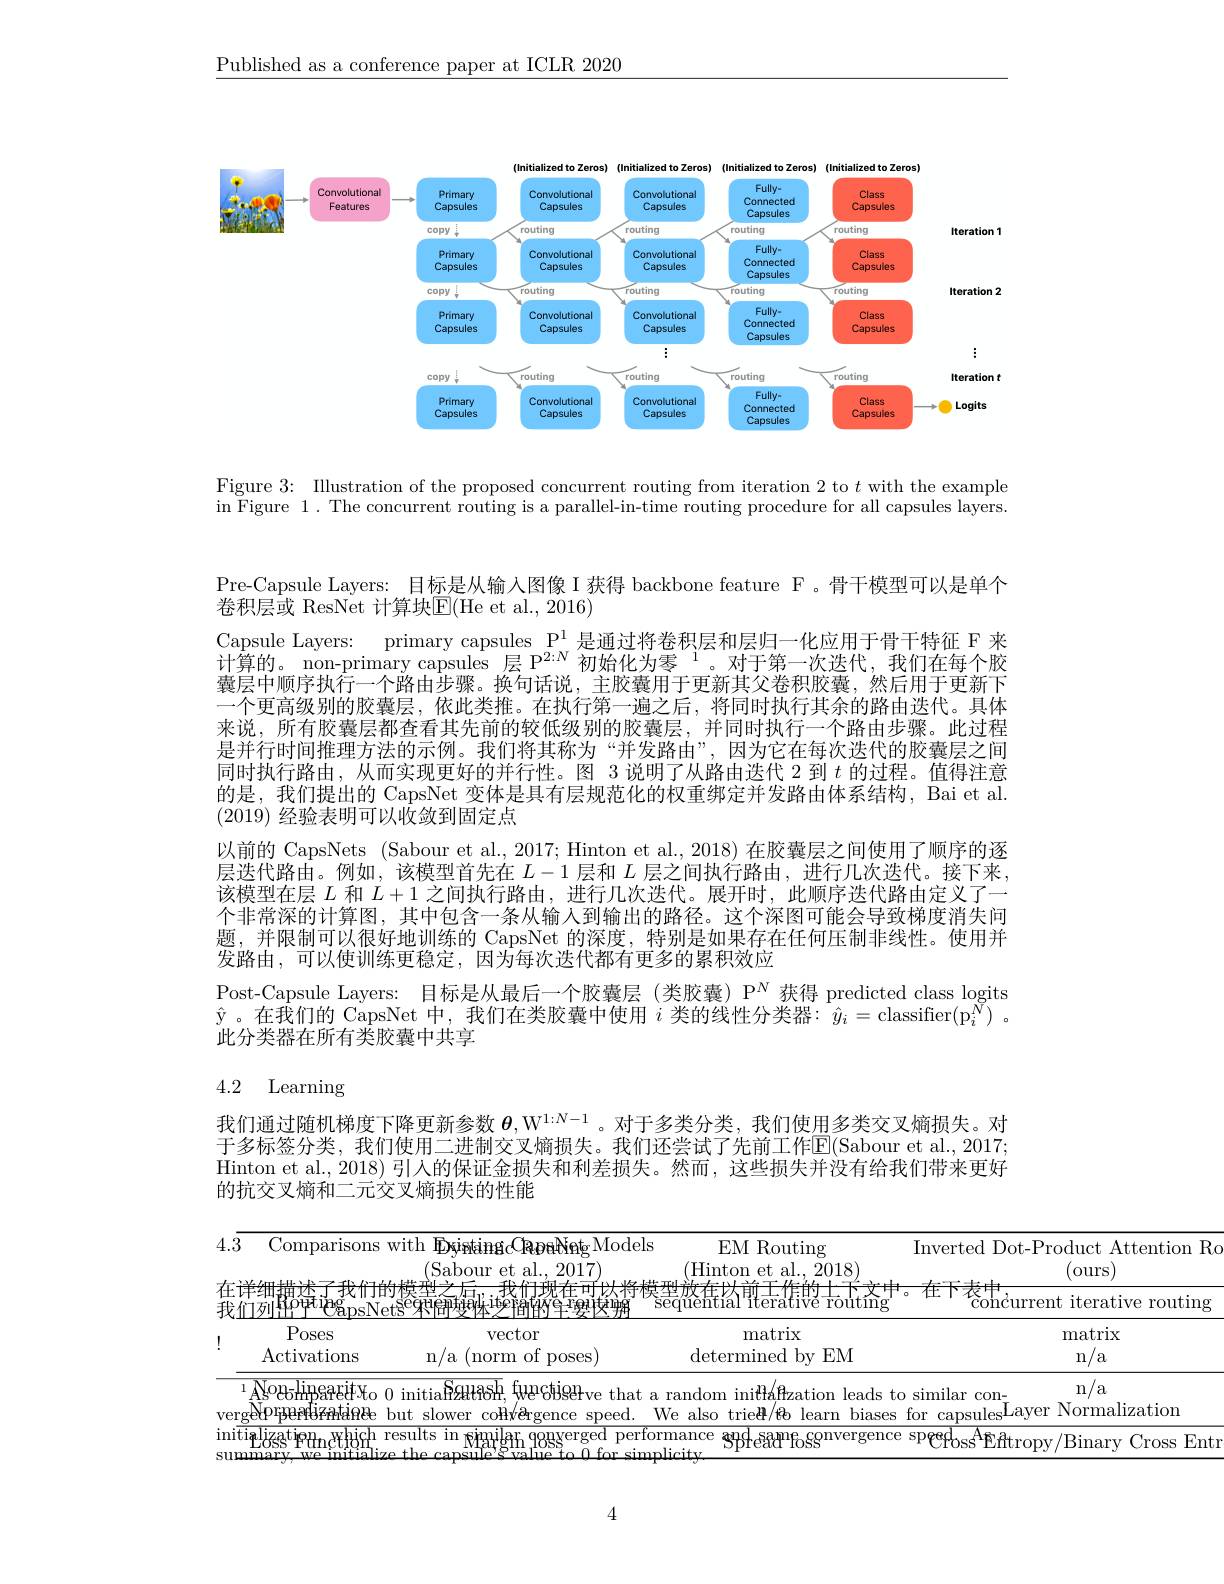
$\underline{\text{Published as a conference paper at ICLR 2020}}$

<FigureHere>

Figure 3: Illustration of the proposed concurrent routing from iteration 2 to $t$ with the example in Figure 1. The concurrent routing is a parallel-in-time routing procedure for all capsules layers.

Pre-Capsule Layers: 目标是从输入图像 I 获得 backbone feature F 。骨干模型可以是单个
卷积层或 ResNet 计算块$\mathbb{E}($He et al., 2016)
Capsule Layers: primary capsules P$^{1}$是通过将卷积层和层归一化应用于骨干特征 F 来计算的。non-primary capsules 层 P$^{2:N}$初始化为零$^1$。对于第一次迭代，我们在每个胶囊层中顺序执行一个路由步骤。换句话说，主胶囊用于更新其父卷积胶囊，然后用于更新下一个更高级别的胶囊层，依此类推。在执行第一遍之后，将同时执行其余的路由迭代。具体来说，所有胶囊层都查看其先前的较低级别的胶囊层，并同时执行一个路由步骤。此过程是并行时间推理方法的示例。我们将其称为“并发路由”,因为它在每次迭代的胶囊层之间同时执行路由，从而实现更好的并行性。图 3 说明了从路由迭代 2 到$t$的过程。值得注意的是，我们提出的 CapsNet 变体是具有层规范化的权重绑定并发路由体系结构，Bai et al. (2019)经验表明可以收敛到固定点
以前的 CapsNets (Sabour et al., 2017; Hinton et al., 2018) 在胶囊层之间使用了顺序的逐层迭代路由。例如，该模型首先在$L-1$层和$L$层之间执行路由，进行几次迭代。接下来， 该模型在层$L$和$L+1$之间执行路由，进行几次迭代。展开时，此顺序迭代路由定义了一个非常深的计算图，其中包含一条从输人到输出的路径。这个深图可能会导致梯度消失问题，并限制可以很好地训练的 CapsNet 的深度，特别是如果存在任何压制非线性。使用并发路由，可以使训练更稳定，因为每次迭代都有更多的累积效应
Post-Capsule Layers: 目标是从最后一个胶囊层(类胶囊) P$^{N}$获得 predicted class logits 此分类器在所有类胶囊中共享

# 4.2 Learning

我们通过随机梯度下降更新参数$\boldsymbol{\theta},\mathbb{W}^{1:N-1}$ 。对于多类分类，我们使用多类交叉熵损失。对于多标签分类，我们使用二进制交叉熵损失。我们还尝试了先前工作$\mathbb{E}($Sabour et al.,2017; Hinton et al., 2018) 引人的保证金损失和利差损失。然而，这些损失并没有给我们带来更好的抗交叉熵和二元交叉熵损失的性能

<table>
	<tbody>
		<tr>
			<th>Comparisons with Eyiaingetapatieng Models $$($Sabour et al., 2017)$</th>
			<th>Routing Inverted Dot-Product Attention Ro (ours) et al., 2018)</th>
		</tr>
		<tr>
			<td> </td>
			<td>$\mathsf{CT}。\mathsf{T}.\mathsf{T}.\mathsf{T}.\mathsf{ZT}$ ${\mathrm{terative}}{\mathrm{~\vec{r}outing}}$ concurrent iterative routing</td>
		</tr>
		<tr>
			<td>Poses $\operatorname{vector}$ Activations n/ a ( norm of poses) </td>
			<td>$\operatorname{latrix}$ matrix ined by EM n/a</td>
		</tr>
		<tr>
			<td>$\overline{\text{ASogebingagityo }0\text{ initia}\mathrm{P}\mathrm{At}\mathrm{ash}}$,fuectigerve that a rar gePrpertizatie but slower co$\hat{\mathbf{H} }$vergence speed.  $We$</td>
			<td>n/a Ha/ ffzation leads to similar con-  $\mathbb{H}/\Re$ learn biases for capsulesLayerNormalization</td>
		</tr>
		<tr>
			<td>hich ${\mathrm{~results~in~}}$ $6Hgh$ ronverged pertorma 44</td>
			<td>$\overline{\mathrm{ead}^{\mathrm{m}}\mathrm{foss}^{\mathrm{convergence~speed}}\mathrm{foss}^{\mathrm{A}}\mathrm{fftropy/Binary~Cross~Ent}}$</td>
		</tr>
	</tbody>
</table>

4